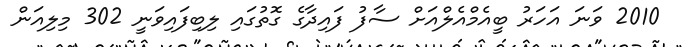
2010 ވަނަ އަހަރު ބީއެމްއެލްއަށް ސާފު ފައިދާގެ ގޮތުގައި ލިބިފައިވަނީ 302 މިލިއަން